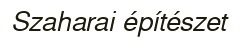
Szaharai építészet